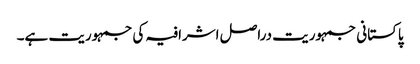
پاکستانی جمہوریت دراصل اشرافیہ کی جمہوریت ہے۔